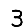
Digit: 3